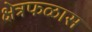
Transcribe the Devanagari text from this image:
क्षेत्रफळास